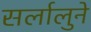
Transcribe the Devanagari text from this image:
सर्लालुने